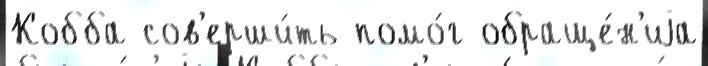
Кобба сов'ерши́ть помо́г обраще́н'иjа